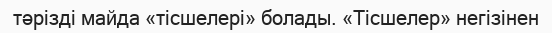
тәрізді майда «тісшелері» болады. «Тісшелер» негізінен